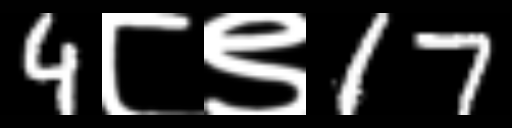
Text: 4८९17